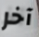
آخر